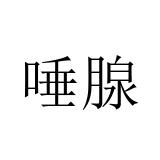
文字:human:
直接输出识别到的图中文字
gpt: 唾腺